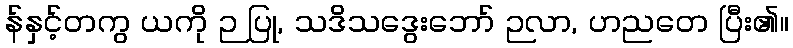
န်နှင့်တကွ ယကို ဉ ပြု, သဒိသဒွေးဘော် ဉလာ, ဟညတေ ပြီး၏။